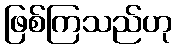
ဖြစ်ကြသည်ဟု